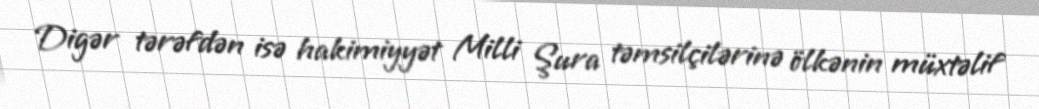
Digər tərəfdən isə hakimiyyət Milli Şura təmsilçilərinə ölkənin müxtəlif